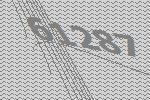
61287